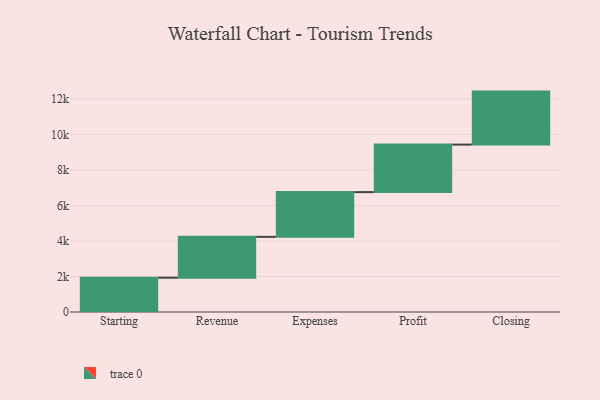
{"axis": {"x": "Step", "y": "Value"}, "legend": [""], "data": [{"x": "Starting", "y": 1932.0, "type": ""}, {"x": "Revenue", "y": 2300.0, "type": ""}, {"x": "Expenses", "y": 2518.0, "type": ""}, {"x": "Profit", "y": 2675.0, "type": ""}, {"x": "Closing", "y": 2985.0, "type": ""}]}